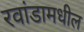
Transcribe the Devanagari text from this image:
रवांडामधील